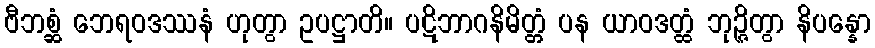
ဗီဘစ္ဆံ ဘေရဝဒဿနံ ဟုတွာ ဥပဋ္ဌာတိ။ ပဋိဘာဂနိမိတ္တံ ပန ယာဝဒတ္ထံ ဘုဉ္ဇိတွာ နိပန္နော